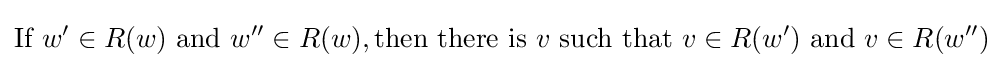
{\textrm {If}}~w'\in R(w){\textrm {~and~}}w''\in R(w),{\textrm {then~there~is~}}v{\textrm {~such~that}}~v\in R(w'){\textrm {~and~}}v\in R(w'')